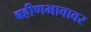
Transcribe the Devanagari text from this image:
बहीणभावावर